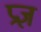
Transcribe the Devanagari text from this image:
प्रज्ञ